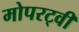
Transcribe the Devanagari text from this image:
मोपरट्वी